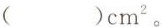
（ ）cm^{2}。